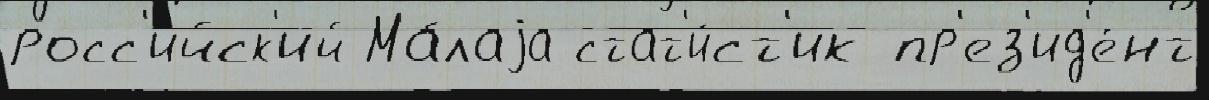
росс'и́йск'ий Ма́лаjа стат'и́ст'ик пр'ез'ид'е́нт